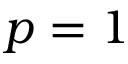
p = 1